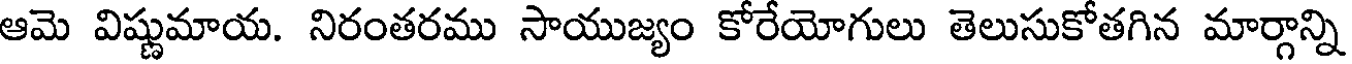
ఆమె విష్ణుమాయ. నిరంతరము సాయుజ్యం కోరేయోగులు తెలుసుకోతగిన మార్గాన్ని